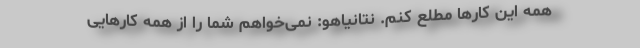
همه این کارها مطلع کنم. نتانیاهو: نمی‌خواهم شما را از همه کارهایی